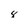
Character: 8